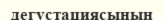
дегустациясының